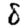
Digit: 8